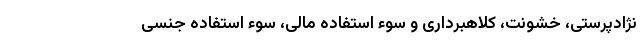
نژادپرستی، خشونت، کلاهبرداری و سوء استفاده مالی، سوء استفاده جنسی